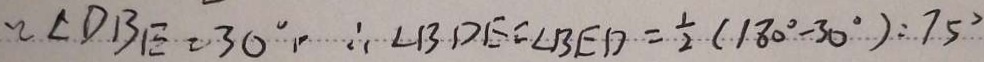
\angle D B E = 3 0 ^ { \circ } , \therefore \angle B D E = \angle B E D = \frac { 1 } { 2 } ( 1 8 0 ^ { \circ } - 3 0 ^ { \circ } ) : 7 5 ^ { \circ }